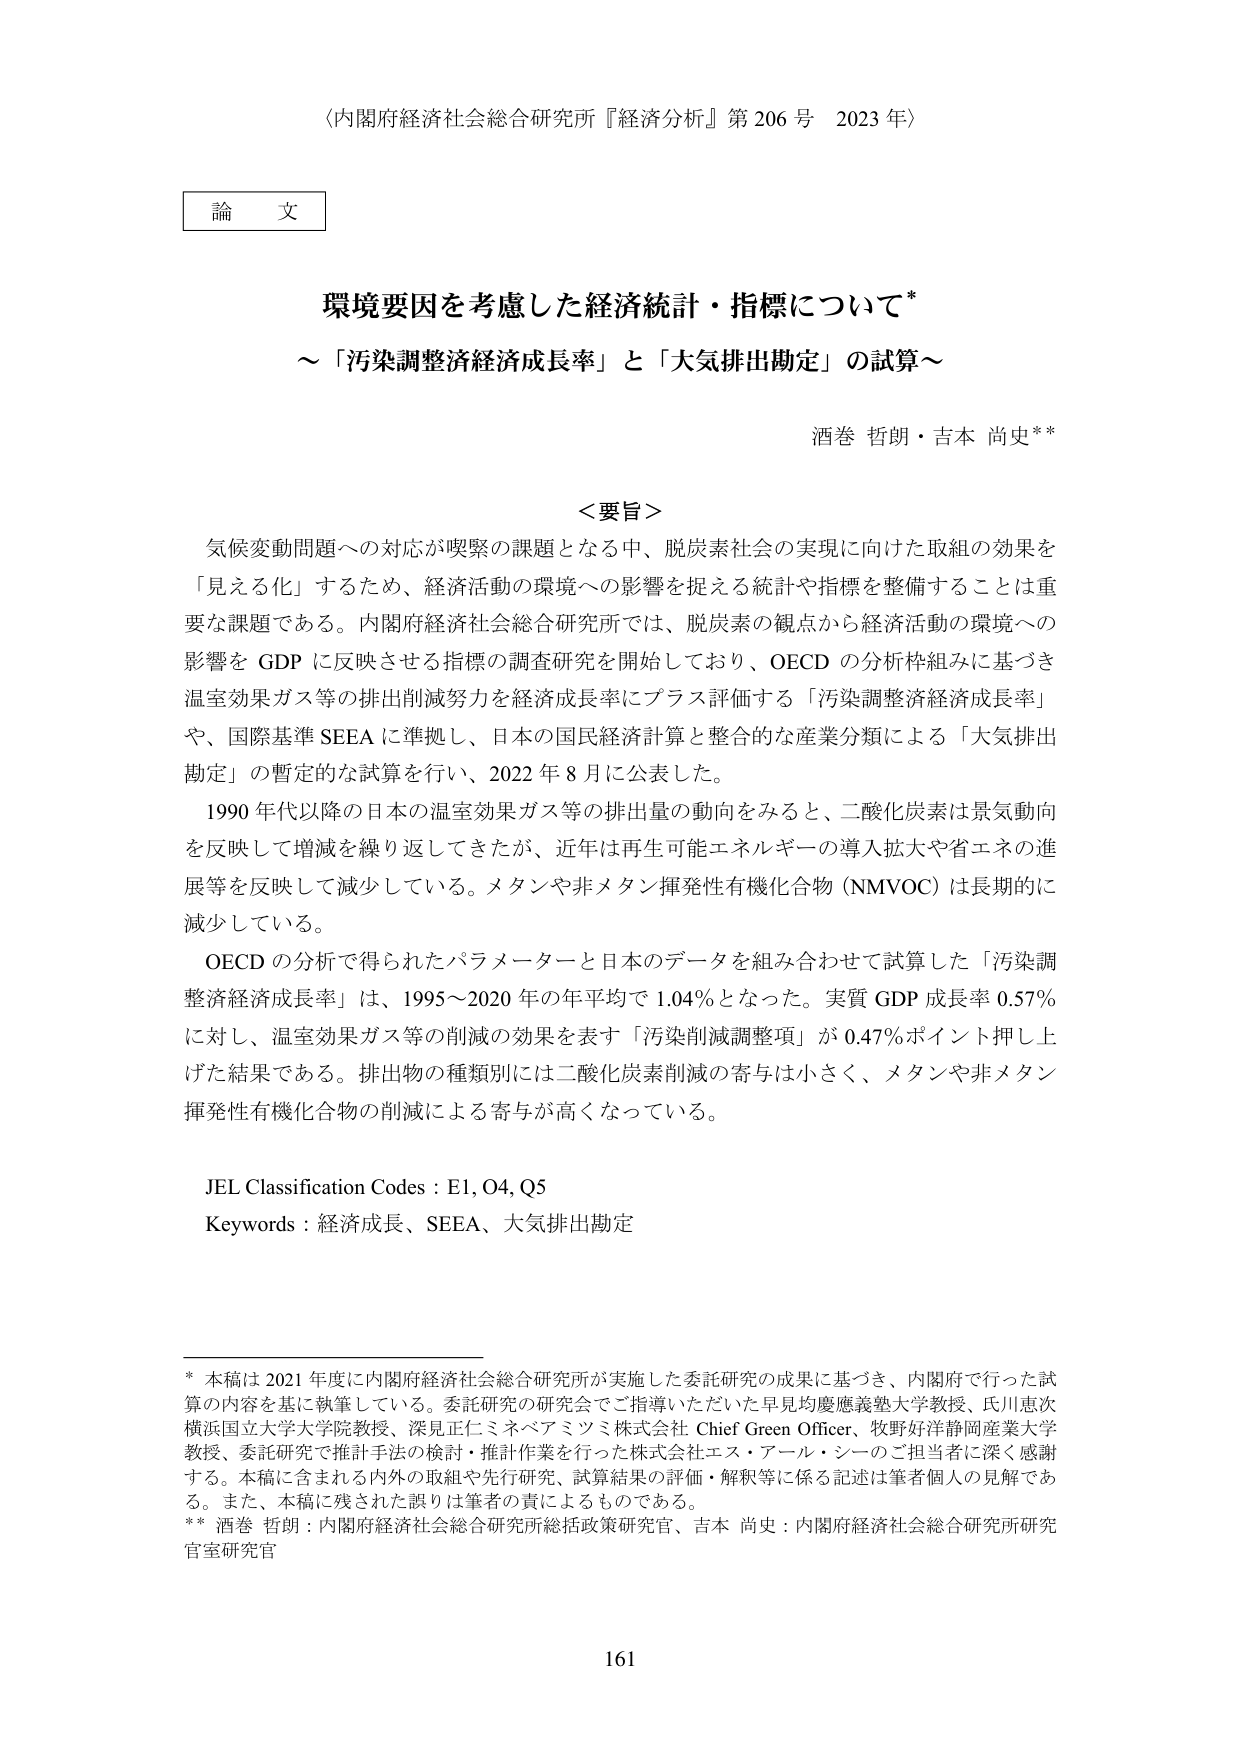
〈内閣府経済社会総合研究所『経済分析』第206号 2023年〉

論文

環境要因を考慮した経済統計・指標について*
～「汚染調整済経済成長率」と「大気排出勘定」の試算～

酒巻 哲朗・吉本 尚史**

＜要旨＞
気候変動問題への対応が喫緊の課題となる中、脱炭素社会の実現に向けた取組の効果を
「見える化」するため、経済活動の環境への影響を捉える統計や指標を整備することは重
要な課題である。内閣府経済社会総合研究所では、脱炭素の観点から経済活動の環境への
影響を GDP に反映させる指標の調査研究を開始しており、OECD の分析枠組みに基づき
温室効果ガス等の排出削減努力を経済成長率にプラス評価する「汚染調整済経済成長率」
や、国際基準 SEEA に準拠し、日本の国民経済計算と整合的な産業分類による「大気排出
勘定」の暫定的な試算を行い、2022 年 8 月に公表した。

1990 年代以降の日本の温室効果ガス等の排出量の動向をみると、二酸化炭素は景気動向
を反映して増減を繰り返してきたが、近年は再生可能エネルギーの導入拡大や省エネの進
展等を反映して減少している。メタンや非メタン揮発性有機化合物（NMVOC）は長期的に
減少している。

OECD の分析で得られたパラメーターと日本のデータを組み合わせて試算した「汚染調
整済経済成長率」は、1995～2020 年の年平均で 1.04％となった。実質 GDP 成長率 0.57％
に対し、温室効果ガス等の削減の効果を表す「汚染削減調整項」が 0.47％ポイント押し上
げた結果である。排出物の種類別には二酸化炭素削減の寄与は小さく、メタンや非メタン
揮発性有機化合物の削減による寄与が高くなっている。

JEL Classification Codes : E1, O4, Q5
Keywords : 経済成長、SEEA、大気排出勘定

* 本稿は 2021 年度に内閣府経済社会総合研究所が実施した委託研究の成果に基づき、内閣府で行った試
算の内容を基に執筆している。委託研究の研究会でご指導いただいた早見均慶應義塾大学教授、氏川恵次
横浜国立大学大学院教授、深見正仁ミネベアミツミ株式会社 Chief Green Officer、牧野好洋静岡産業大学
教授、委託研究で推計手法の検討・推計作業を行った株式会社エス・アール・シーのご担当者に深く感謝
する。本稿に含まれる内外の取組や先行研究、試算結果の評価・解釈等に係る記述は筆者個人の見解であ
る。また、本稿に残された誤りは筆者の責によるものである。
** 酒巻 哲朗：内閣府経済社会総合研究所総括政策研究官、吉本 尚史：内閣府経済社会総合研究所研究
官室研究官

161